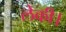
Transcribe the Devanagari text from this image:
लेकी।